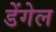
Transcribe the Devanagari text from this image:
डेंगेल